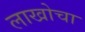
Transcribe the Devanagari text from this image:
लाखोचा